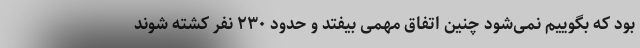
بود که بگوییم نمی‌شود چنین اتفاق مهمی بیفتد و حدود ۲۳۰ نفر کشته شوند